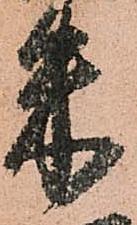
米